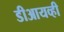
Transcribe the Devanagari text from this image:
डीआयव्ही